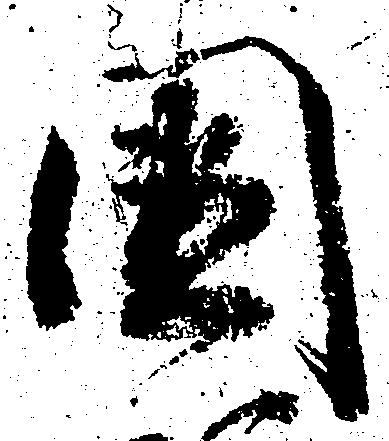
国